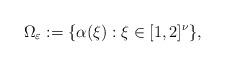
LaTeX: \begin{align*}\Omega_{\varepsilon}:=\{ \alpha(\xi) : \xi\in [1, 2]^{\nu}\},\end{align*}